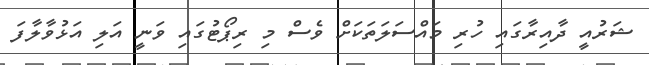
ޝަރުއީ ދާއިރާގައި ހުރި މައްސަލަތަކަށް ވެސް މި ރިޕޯޓުގައި ވަނީ އަލި އަޅުވާލާފަ